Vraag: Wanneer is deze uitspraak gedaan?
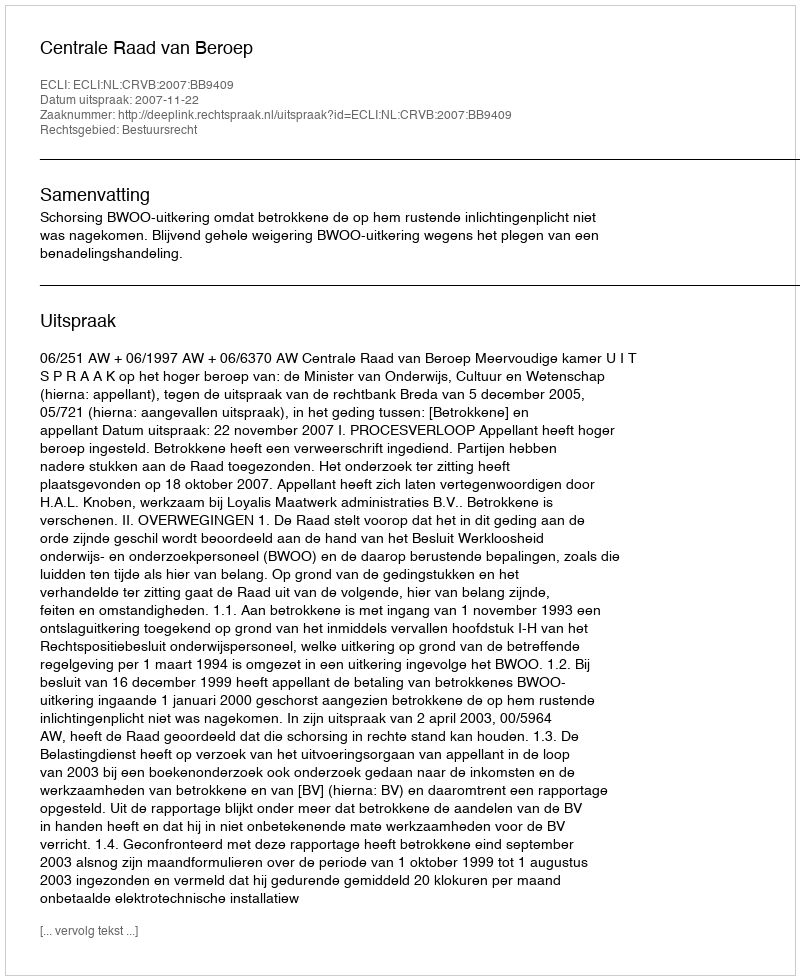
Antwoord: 2007-11-22